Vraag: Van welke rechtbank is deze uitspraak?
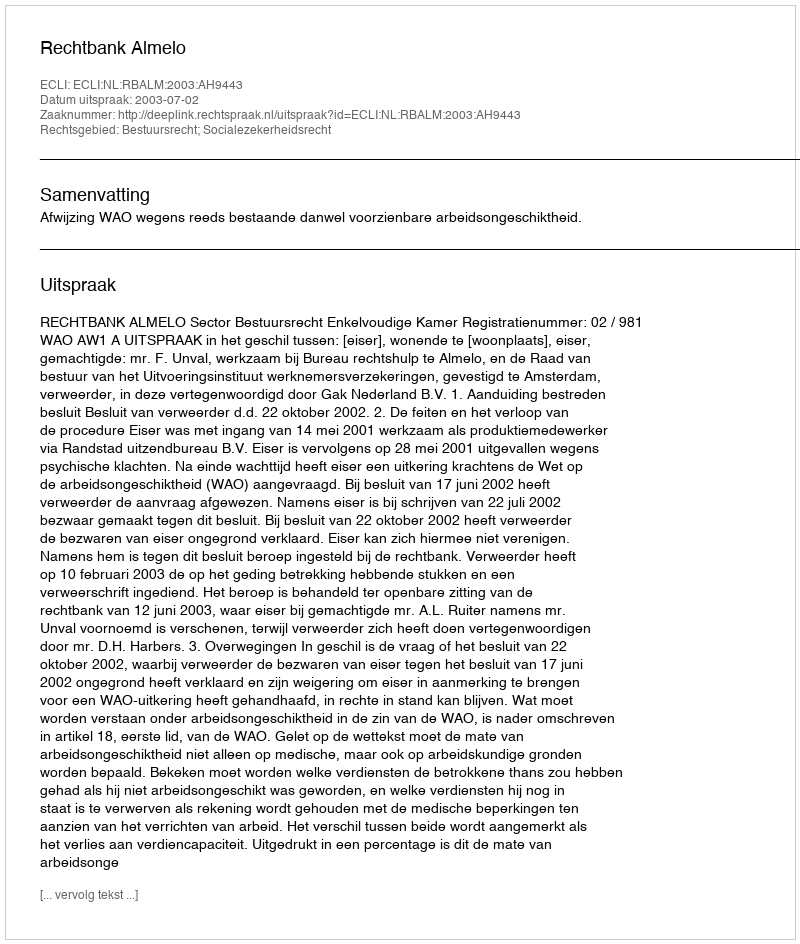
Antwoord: Rechtbank Almelo